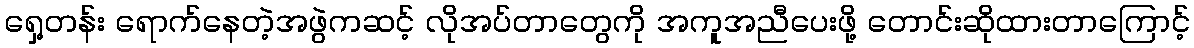
ရှေ့တန်း ရောက်နေတဲ့အဖွဲကဆင့် လိုအပ်တာတွေကို အကူအညီပေးဖို့ တောင်းဆိုထားတာကြောင့်